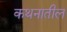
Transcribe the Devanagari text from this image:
कथनातील